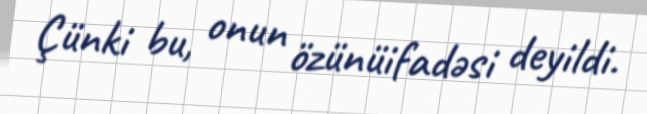
Çünki bu, onun özünüifadəsi deyildi.